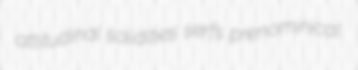
attitudinal solidities serfs prenominical